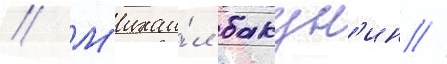
// М'ихаи́л бакун'ин //